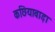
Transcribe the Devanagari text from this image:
कछियावाड़ा